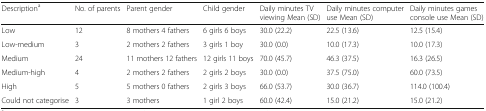
<table><thead><tr><td><b>Description<sup>a</sup></b></td><td><b>No. of parents</b></td><td><b>Parent gender</b></td><td><b>Child gender</b></td><td><b>Daily minutes TV viewing Mean (SD)</b></td><td><b>Daily minutes computer use Mean (SD)</b></td><td><b>Daily minutes games console use Mean (SD)</b></td></tr></thead><tbody><tr><td>Low</td><td>12</td><td>8 mothers 4 fathers</td><td>6 girls 6 boys</td><td>30.0 (22.2)</td><td>22.5 (13.6)</td><td>12.5 (15.4)</td></tr><tr><td>Low-medium</td><td>3</td><td>2 mothers 2 fathers</td><td>3 girls 1 boy</td><td>30.0 (0.0)</td><td>10.0 (17.3)</td><td>10.0 (17.3)</td></tr><tr><td>Medium</td><td>24</td><td>11 mothers 12 fathers</td><td>12 girls 11 boys</td><td>70.0 (45.7)</td><td>46.3 (37.5)</td><td>16.3 (26.5)</td></tr><tr><td>Medium-high</td><td>4</td><td>2 mothers 2 fathers</td><td>2 girls 2 boys</td><td>30.0 (0.0)</td><td>37.5 (75.0)</td><td>60.0 (73.5)</td></tr><tr><td>High</td><td>5</td><td>5 mothers 0 fathers</td><td>2 girls 3 boys</td><td>66.0 (53.7)</td><td>30.0 (36.7)</td><td>114.0 (100.4)</td></tr><tr><td>Could not categorise</td><td>3</td><td>3 mothers</td><td>1 girl 2 boys</td><td>60.0 (42.4)</td><td>15.0 (21.2)</td><td>15.0 (21.2)</td></tr></tbody></table>